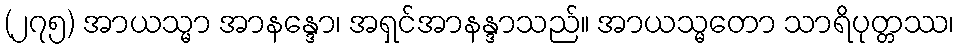
(၂၇၅) အာယသ္မာ အာနန္ဒော၊ အရှင်အာနန္ဒာသည်။ အာယသ္မတော သာရိပုတ္တဿ၊